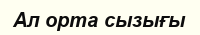
Ал орта сызығы